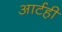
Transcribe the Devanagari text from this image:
आर्टही